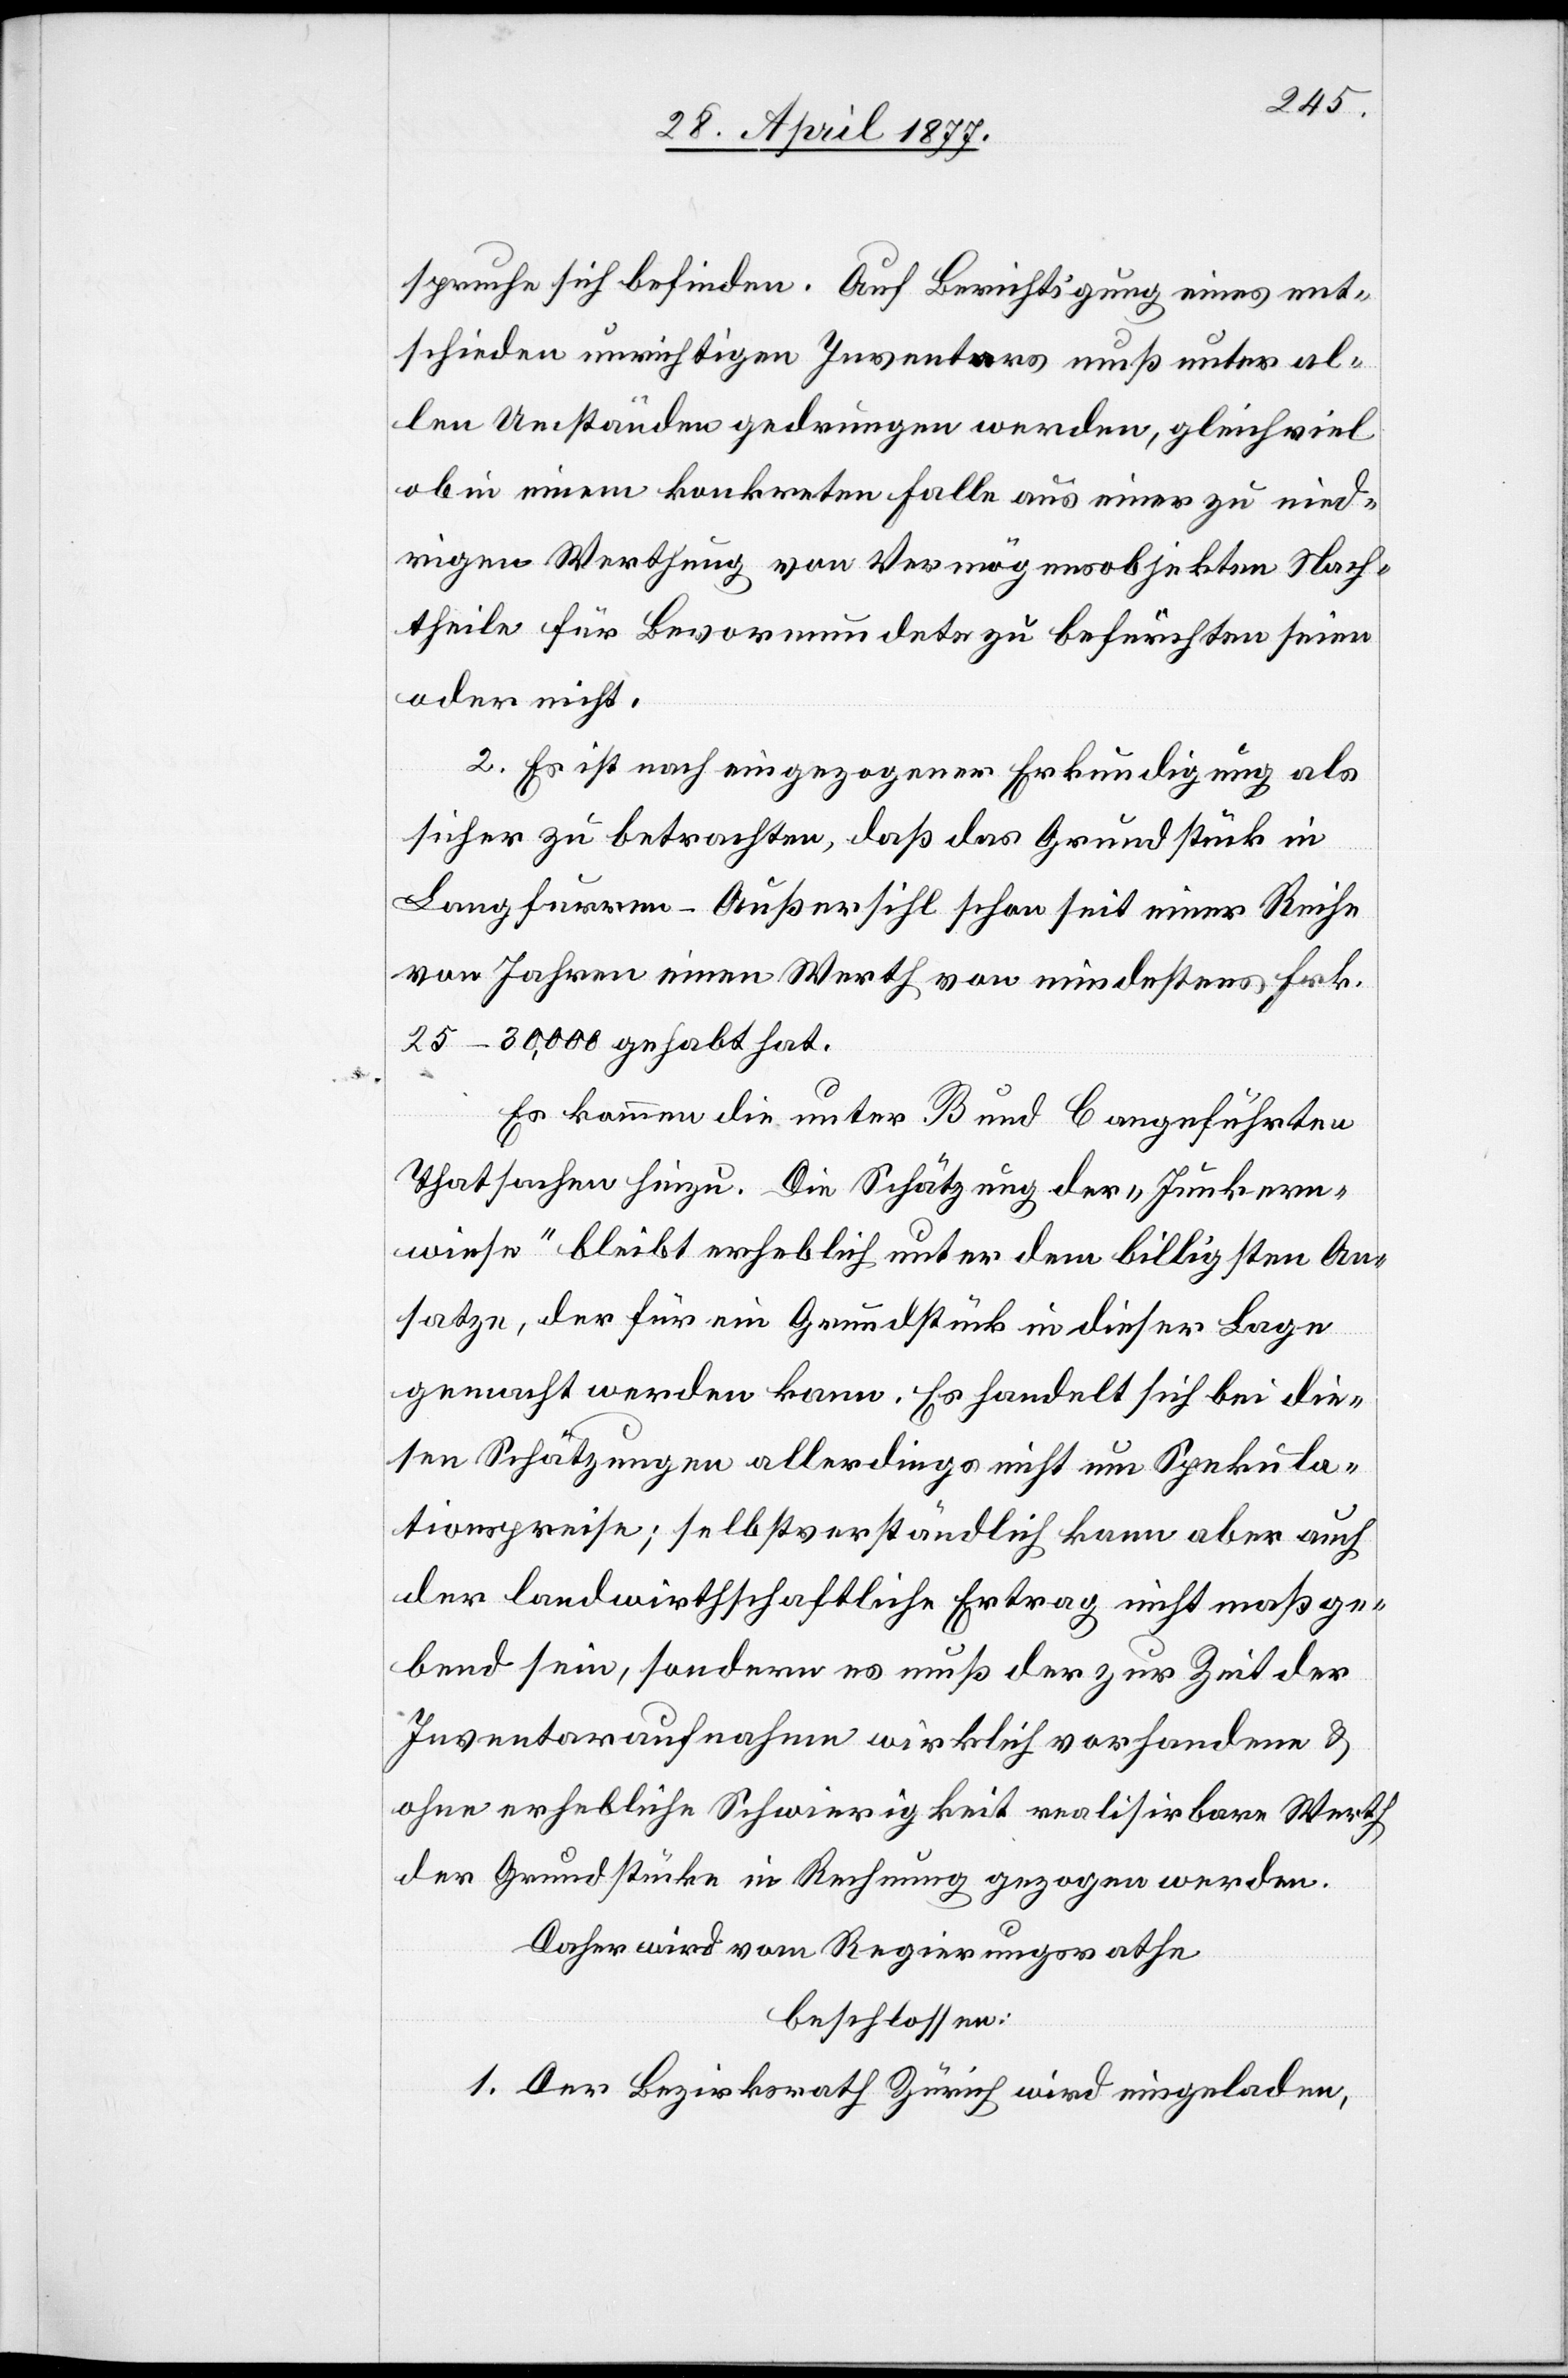
spruche sich befinden. Auf Berichtigung eines ent¬
schieden unrichtigen Inventars muß unter al¬
len Umständen gedrungen werden, gleichviel
ob in einem konkreten Falle aus einer zu nied¬
rigen Wethung von Vermögensobjekten Nach¬
theile für Bevormundete zu befürchten seien
oder nicht.
2. Es ist nach eingezogener Erkundigung als
sicher zu betrachten, daß das Grundstück in
Langfurren - Außersihl schon seit einer Reihe
von Jahren einen Werth von mindestens Frk.
25–30,000 gehabt hat.
Es kommen die unter B und C angeführten
Thatsachen hinzu. Die Schätzung der „Junkern¬
wiese“ bleibt erheblich unter dem billigsten An¬
satze, der für ein Grundstück in dieser Lage
gemacht werden kann. Es handelt sich bei die¬
sen Schätzungen allerdings nicht um Spekula¬
tionspreise; selbstverständlich kann aber auch
der landwirthschaftliche Ertrag nicht maßge¬
bend sein, sondern es muß der zur Zeit der
Inventaraufnahme wirklich vorhandene &
ohne erhebliche Schwierigkeit realisirbare Werth
der Grundstücke in Rechnung gezogen werden.
Daher wird von Regierungsrathe
beschlossen:
1. Der Bezirksrath Zürich wird eingeladen,